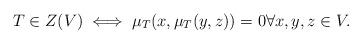
LaTeX: \begin{align*}T \in Z(V) \iff \mu_T(x,\mu_T(y,z)) = 0 \forall x,y,z \in V.\end{align*}